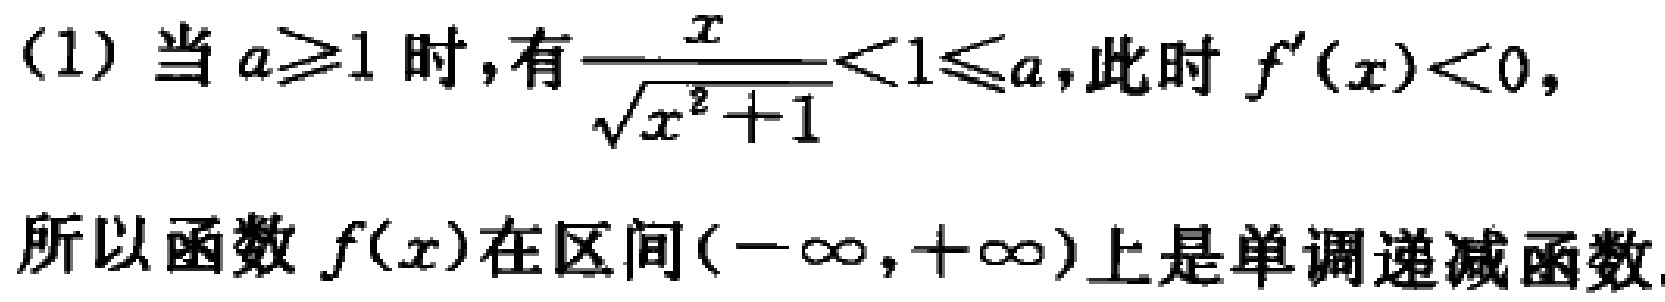
(1) 当 \(a\geq1\) 时,有\(\frac{x}{\sqrt{x^{2}+1}}<1\leq a\),此时 \(f^{\prime}(x)<0\),
所以函数 \(f(x)\)在区间\((-\infty,+\infty)\)上是单调递减函数.